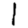
Digit: 1